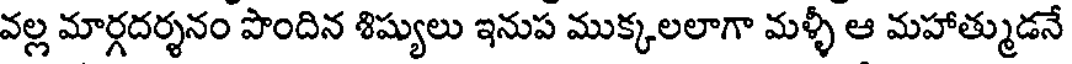
వల్ల మార్గదర్శనం పొందిన శిష్యులు ఇనుప ముక్కలలాగా మళ్ళీ ఆ మహాత్ముడనే